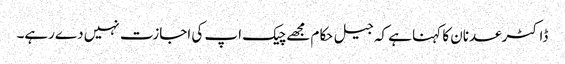
ڈاکٹرعدنان کا کہنا ہے کہ جیل حکام مجھےچیک اپ کی اجازت نہیں دےرہے۔